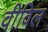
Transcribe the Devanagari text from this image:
वीविल